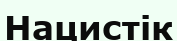
Нацистік